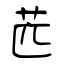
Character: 苉